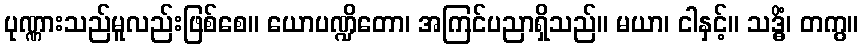
ပုဏ္ဏားသည်မူလည်းဖြစ်စေ။ ယောပဏ္ဍိတော၊ အကြင်ပညာရှိသည်။ မယာ၊ ငါနှင့်။ သဒ္ဓိံ၊ တကွ။